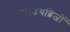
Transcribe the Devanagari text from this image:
साउथब्रिजों